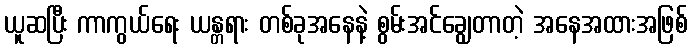
ယူဆပြီး ကာကွယ်ရေး ယန္တရား တစ်ခုအနေနဲ့ စွမ်းအင်ချွေတာတဲ့ အနေအထားအဖြစ်